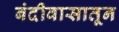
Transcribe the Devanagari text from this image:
बंदीवासातून